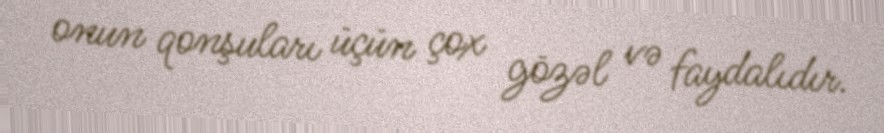
onun qonşuları üçün çox gözəl və faydalıdır.